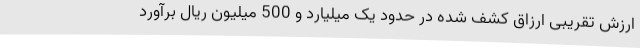
ارزش تقریبی ارزاق کشف شده در حدود یک میلیارد و 500 میلیون ریال برآورد